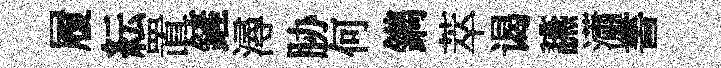
履紜置鏟潯胁何鐫萃谒讌瀟書